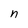
Character: n